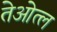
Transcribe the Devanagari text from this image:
तेओत्ल